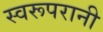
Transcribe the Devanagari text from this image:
स्वरूपरानी